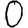
Digit: 0